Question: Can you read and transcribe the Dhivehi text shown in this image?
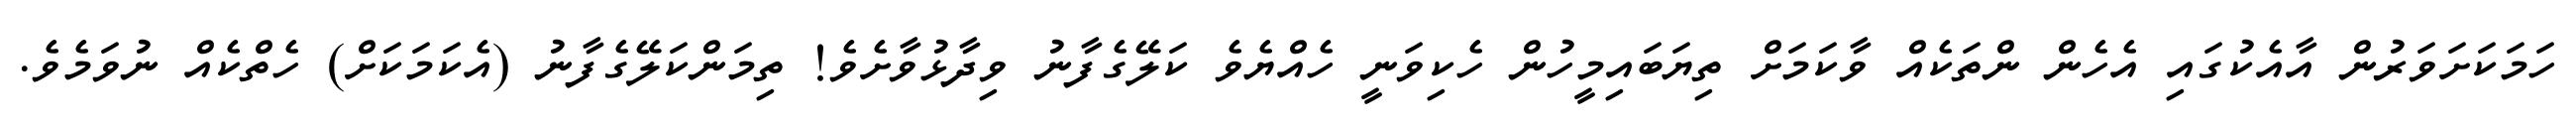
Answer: ހަމަކަށަވަރުން އާއެކުގައި އެހެން ންތަކެއް ވާކަމަށް ތިޔަބައިމީހުން ހެކިވަނީ ހެއްޔެވެ ކަލޭގެފާނު ވިދާޅުވާށެވެ! ތިމަންކަލޭގެފާނު (އެކަމަކަށް) ހެތްކެއް ނުވަމެވެ.